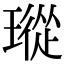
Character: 瑽